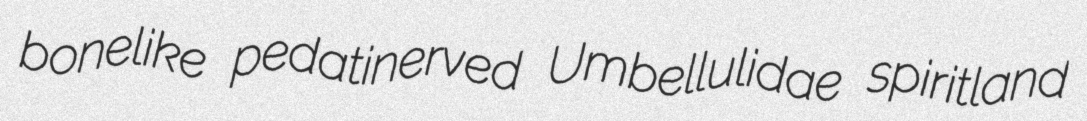
bonelike pedatinerved Umbellulidae spiritland